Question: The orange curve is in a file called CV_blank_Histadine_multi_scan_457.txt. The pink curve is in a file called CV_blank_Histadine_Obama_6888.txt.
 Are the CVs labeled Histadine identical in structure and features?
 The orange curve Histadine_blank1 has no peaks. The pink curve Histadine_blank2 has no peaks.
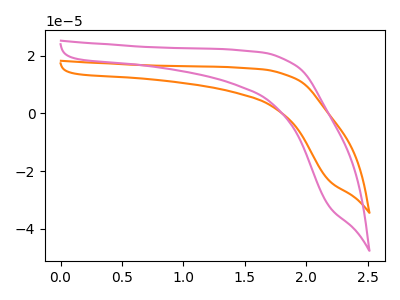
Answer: <think>Neither "Histadine_blank1" or "Histadine_blank2" have any peaks.
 </think>
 <answer>All the CV's of "Histadine" have similar shape.</answer>
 <eval>follow_rule</eval>